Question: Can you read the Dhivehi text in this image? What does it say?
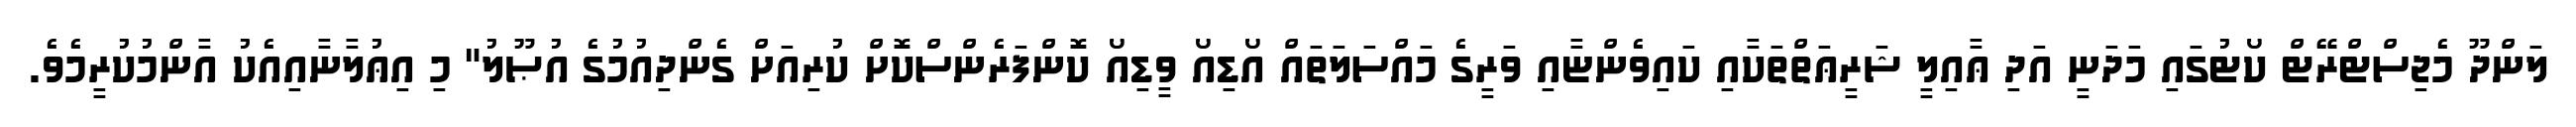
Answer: ލަންދޫ މެޖިސްޓްރޭޓް ކޯޓުގައި މަދަނީ އަދި ޢާއިލީ ޝަރީޢަތްތަކާއި ކައިވެންޏާއި ވަރީގެ މައްސަލަތައް އޯޑިއޯ ވީޑިއޯ ކޮންފަރެންސްކޮށް ކުރިއަށް ގެންދިއުމުގެ އުޞޫލު" މި އިޢުލާނާއިއެކު އާންމުކުރީމެވެ.